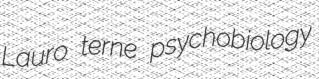
Lauro terne psychobiology